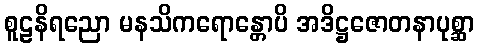
စူဠနိရညော မနသိကရောန္တောပိ အဒိဋ္ဌဇောတနာပုစ္ဆာ